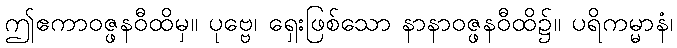
ဤဧကာဝဇ္ဖနဝီထိမှ။ ပုဗ္ဗေ၊ ရှေးဖြစ်သော နာနာဝဇ္ဖနဝီထိ၌။ ပရိကမ္မာနံ၊